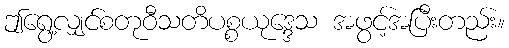
ဤရွေ့လျှင်စတုဝီသတိပစ္စယုဒ္ဒေသ အဖွင့်အပြီးတည်း။